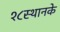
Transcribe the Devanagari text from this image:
१८स्थानके